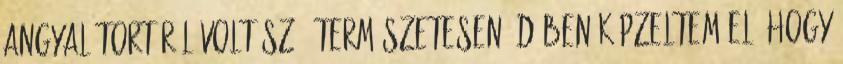
angyal tortáról volt szó. Természetesen 3D-ben képzeltem el, hogy